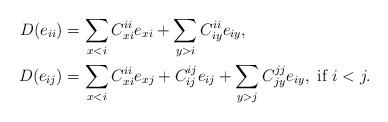
LaTeX: \begin{align*} D(e_{ii})&=\sum_{x<i}C_{xi}^{ii}e_{xi}+\sum_{y>i}C_{iy}^{ii}e_{iy},\\ D(e_{ij})&=\sum_{x<i}C_{xi}^{ii}e_{xj}+C_{ij}^{ij}e_{ij}+\sum_{y>j}C_{jy}^{jj}e_{iy},\mbox{ if }i<j.\end{align*}